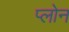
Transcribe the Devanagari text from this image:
प्लोन